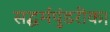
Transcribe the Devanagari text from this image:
सद्धर्मपुंडरीक।